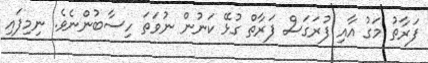
ފަރާތު މަގު އާއި ފުރަގަސް ފަރާތް ގުޅޭ ކަނުން ނުވަތަ ހިސާބުންނެވެ. ނިމިފައި